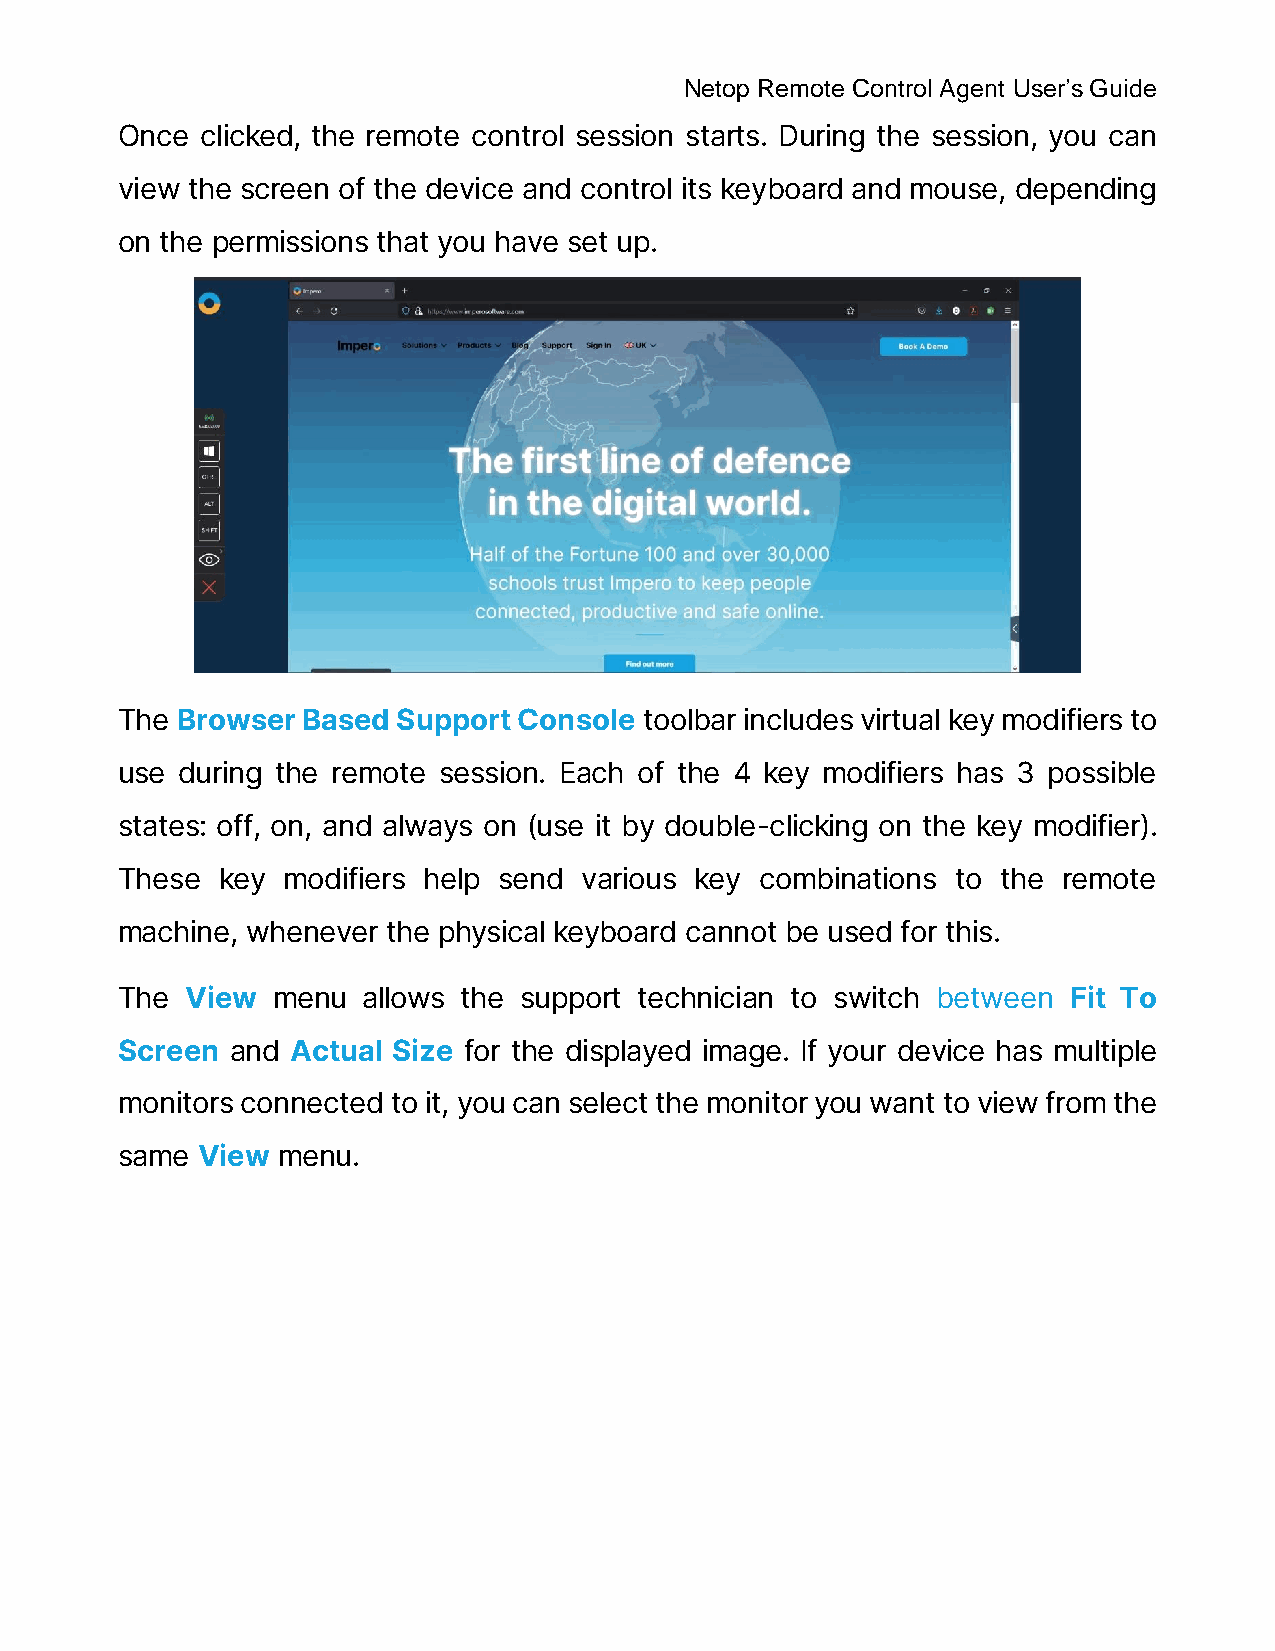
Netop Remote Control Agent User’s Guide
 Once clicked, the remote control session starts. During the session, you can
 view the screen of the device and control its keyboard and mouse, depending
 on the permissions that you have set up.
 The Browser Based Support Console  toolbar includes virtual key modifiers to
 use during the remote session. Each of the 4 key modifiers has 3 possible
 states: off, on, and always on (use it by double-clicking on the key modifier).
 These key  modifiers help send various key combinations to the remote
 machine, whenever the physical keyboard cannot be used for this.
 The View  menu  allows the support technician to switch between Fit To
 Screen and Actual Size for the displayed image. If your device has multiple
 monitors connected to it, you can select the monitor you want to view from the
 same View menu.